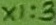
Text: X1:3